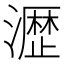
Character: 𤁋